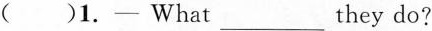
( )1.—What ___ they do?